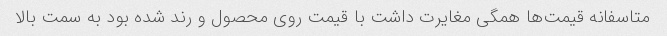
متاسفانه قیمت‌ها همگی مغایرت داشت با قیمت روی محصول و رند شده بود به سمت بالا